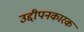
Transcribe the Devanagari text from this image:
उद्दीपनकारक